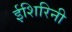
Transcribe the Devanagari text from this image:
ईशिरिनी